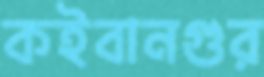
কইবানগুর